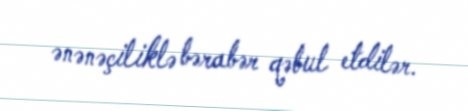
ənənəçiliklə bərabər qəbul etdilər.